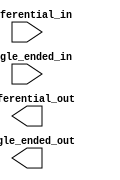
module differential_buffer (
    input [1:0] differential_in,
    input single_ended_in,
    output [1:0] differential_out,
    output single_ended_out
);

// Differential buffer logic goes here

endmodule